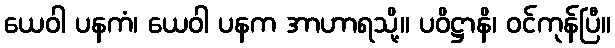
ယေဝါ ပနကံ၊ ယေဝါ ပနက အာဟာရသို့။ ပဝိဋ္ဌာနိ၊ ဝင်ကုန်ပြီ။